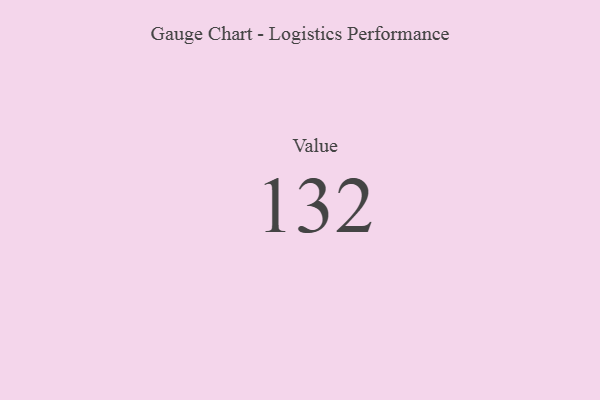
{"axis": {"x": "Metric", "y": "Value"}, "legend": [""], "data": [{"x": "Value", "y": 132, "type": ""}]}